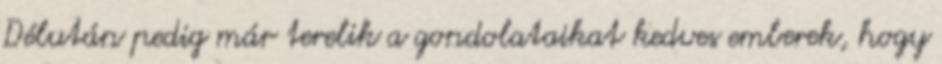
Délután pedig már terelik a gondolataikat kedves emberek, hogy